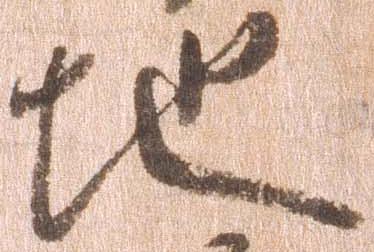
地